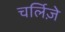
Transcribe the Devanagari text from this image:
चर्लिज़े